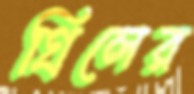
গ্রিলের